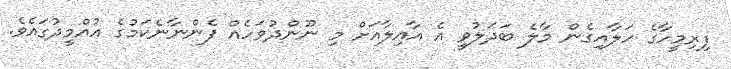
ފިރިމީހާގެ ހަލާއިގެން މާލެ ބަދަލުވީ އެ އާއިލާއަށް މި ނޫންދުވަހެއް ފެންނާނެކަމުގެ އުއްމީދުގައެވެ.